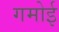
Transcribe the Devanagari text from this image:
गमोई